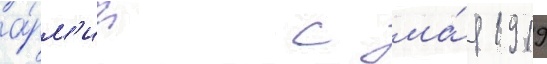
а́рм'ии с ма́я 1919